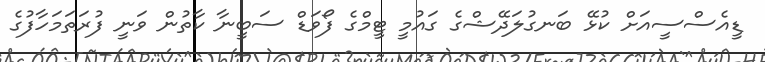
ޑީއެސްސީއަށް ކުޅޭ ބަނގުލަދޭޝްގެ ގައުމީ ޓީމްގެ ފޯވަޑް ސަބީނާ ކާތުން ވަނީ ފުރަތަމަހާފުގެ